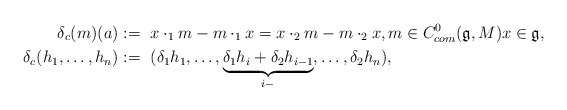
\begin{align*}\delta_c (m) (a) :=~& x \cdot_1 m - m \cdot_1 x = x \cdot_2 m - m \cdot_2 x, m \in C^0_{com} (\mathfrak{g}, M) x \in \mathfrak{g}, \\\delta_c (h_1, \ldots, h_n ) :=~& ( \delta_1 h_1, \ldots, \underbrace{\delta_1 h_i + \delta_2 h_{i-1}}_{i-}, \ldots, \delta_2 h_n),\end{align*}